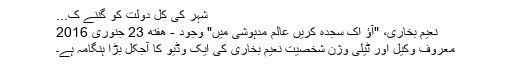
شہر کی کل دولت کو گننے ک...
نعیم بخاری، "آؤ اک سجدہ کریں عالم مدہوشی میں" وجود - هفته 23 جنوری 2016
معروف وکیل اور ٹیلی وژن شخصیت نعیم بخاری کی ایک وڈیو کا آجکل بڑا ہنگامہ ہے۔